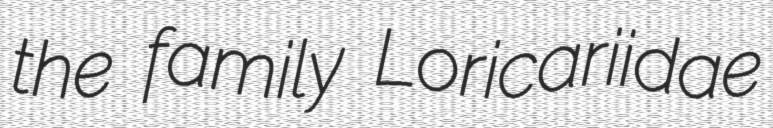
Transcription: the family Loricariidae